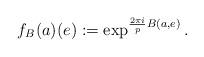
LaTeX: \begin{align*}f_{B}(a) (e) := \exp ^{\frac{2\pi i}{p} B(a,e)}.\end{align*}